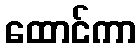
ထောင်ကာ